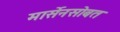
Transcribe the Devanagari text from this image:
मार्सेनसोबत